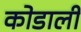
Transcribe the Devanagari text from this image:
कोडाली